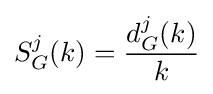
S_{G}^{j}(k)={\frac {d_{G}^{j}(k)}{k}}